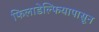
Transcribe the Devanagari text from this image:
फिलाडेल्फियापासून